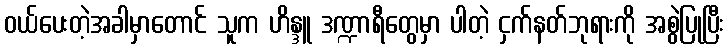
ဝယ်ပေးတဲ့အခါမှာတောင် သူက ဟိန္ဒူ ဒဏ္ဍာရီတွေမှာ ပါတဲ့ ငှက်နတ်ဘုရားကို အစွဲပြုပြီး